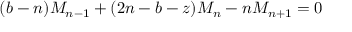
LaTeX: ( b - n ) M _ { n - 1 } + ( 2 n - b - z ) M _ { n } - n M _ { n + 1 } = 0